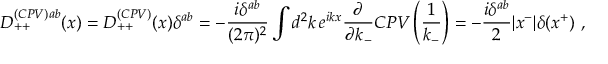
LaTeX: D _ { + + } ^ { ( C P V ) a b } ( x ) = D _ { + + } ^ { ( C P V ) } ( x ) \delta ^ { a b } = - { \frac { i \delta ^ { a b } } { ( 2 \pi ) ^ { 2 } } } \int d ^ { 2 } k \, e ^ { i k x } { \frac { \partial } { \partial k _ { - } } } C P V \left( { \frac { 1 } { k _ { - } } } \right) = - { \frac { i \delta ^ { a b } } { 2 } } | x ^ { - } | \delta ( x ^ { + } ) \ ,